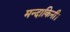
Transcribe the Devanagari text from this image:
मन्दाकिनी।